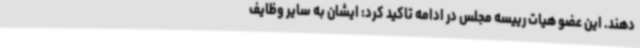
دهند. این عضو هیات رییسه مجلس در ادامه تاکید کرد: ایشان به سایر وظایف